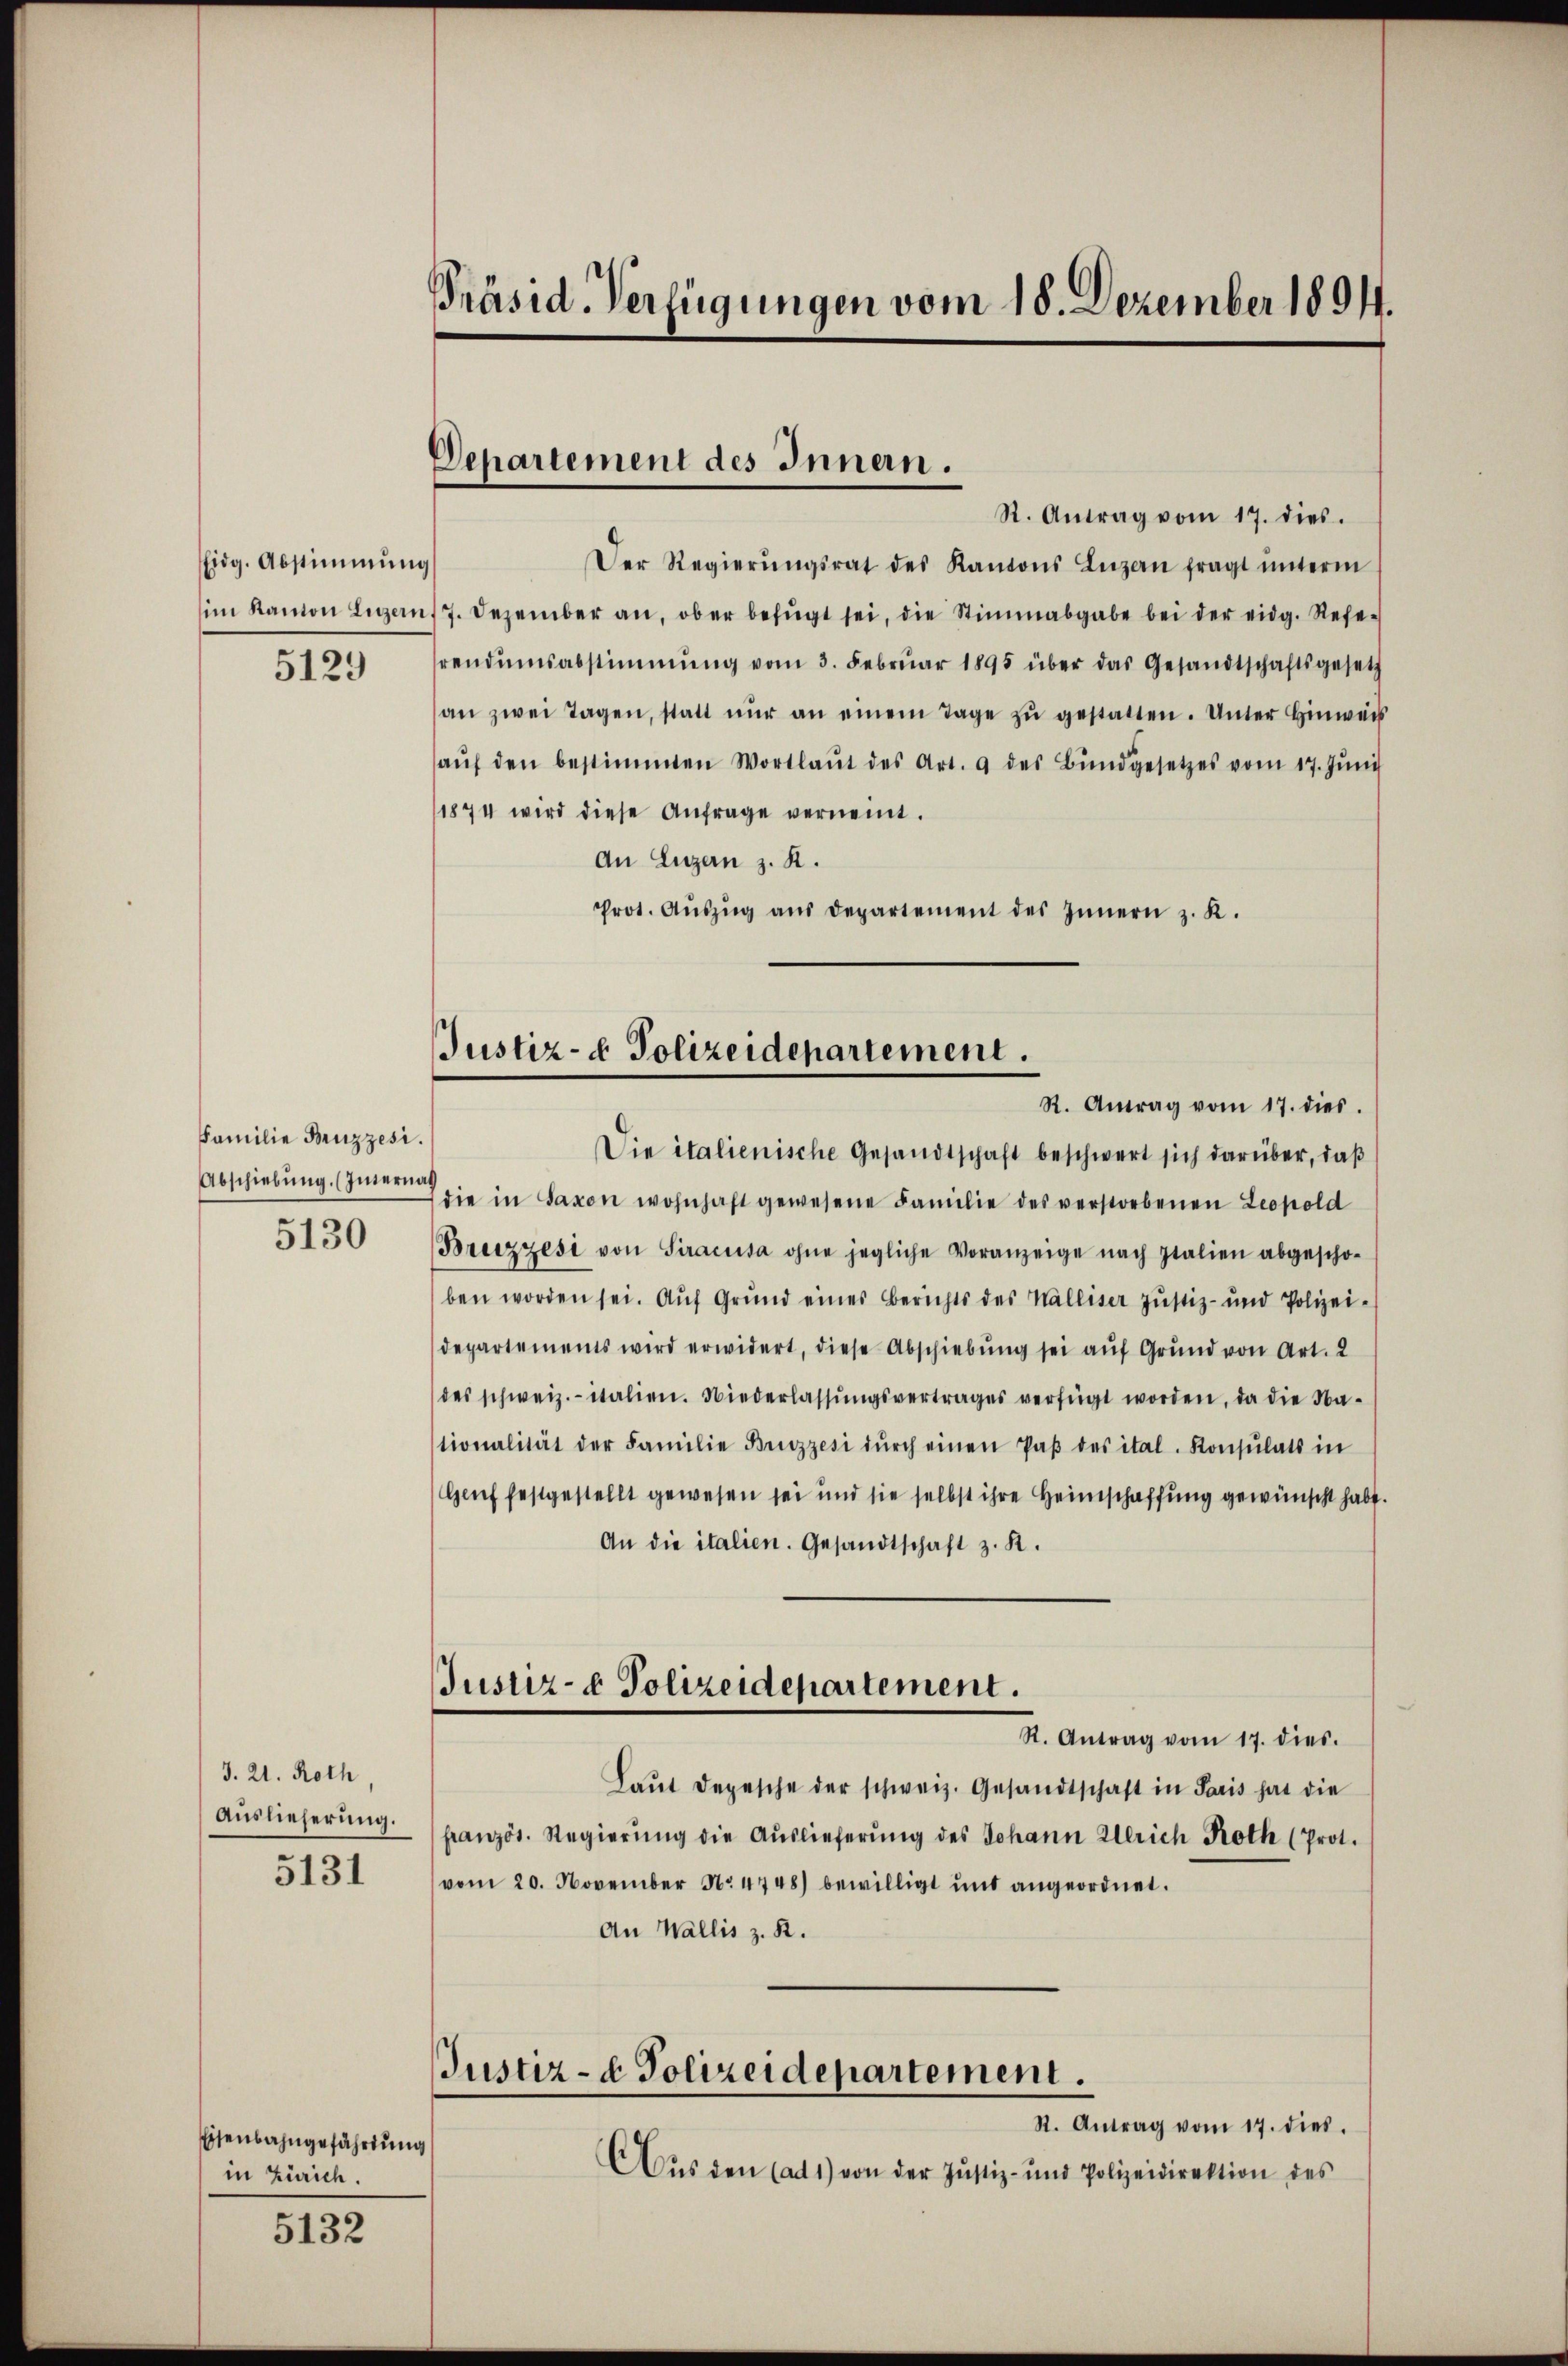
Eidg. Abstimmung
5129

Familie Benzzesi.
Abschiebung. (Interna
5130

3. 21. Roth
Auslieferung.
5131

Eisenbahngefährtung
in Zürich.

5132

Präsid. Verfügungen vom 18. Dezember 1894.

Departement des Innern.

R. Antrag vom 17. dies.
Der Regierŭngsrat des Kantons Luzern fragt ŭnterm
im Kanton Lŭzen/7. Dezember an, ober befŭgt sei, die Stimmabgabe bei der eidg. Refe-
hrendumsabstimmung vom 3. Febrŭar 1895 über das Gesandtschaftsgesetz
an zwei Tagen, statt nŭr an einem Tage zŭ gestatten. Unter Hinweis
aŭf den bestimmten Wortlaŭt des Art. 9 des Bŭndgesetzes vom 17. Jŭni
(1874 wird diese Anfrage vernennt.
An Luzern z. R.
Prot. Aŭszŭg aŭs departement des Innern z. K.

Justiz- & Polizeidepartement.
R. Antrag vom 17. dies

Die italienische Gesandtschaft beschwert sich darüber, daß
die in Saxon wohnhaft gewesene Familie des verstorbenen Leopold
Breizzesi von Siracusa ohne jegliche Voranzeige nach Italien abgescho-
ben worden sei. Aŭf Grŭnd eines Berichts des Walliser Justiz- und Polizei-
departements wird erwidert, diese Abschiebung sei auf Grund von Art. 2
des schweiz.- italien. Niederlassŭngsvertrages verfügt worden, da die Na-
tionalität der Familie Bruzzesi dŭrch einen Paβ des ital. Konsulats in
Genf festgestellt gewesen sei und sie selbst ihre Heimschaffung gewünscht habe
An die italien. Gesandtschaft z. B.
Justiz- & Polizeidepartement.
R. Antrag vom 17. dies.
Laŭt Depesche der schweiz. Gesandtschaft in Paris hat die
französ. Regierŭng die Aŭslieferŭng des Johann Ullrich Proth (Prot.
vom 20. November No 4748) bewilligt und angeordnet.
An Wallis z. R.
Justiz- & Polizeidepartement.
St. Antrag vom 17. dies.
Aŭs den (ad 1) von der Justiz- und Polizeidirektion des